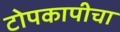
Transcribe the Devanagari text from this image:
टोपकापीचा